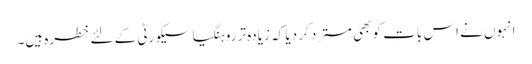
انہوں نے اس بات کو بھی مسترد کر دیا کہ زیادہ تر روہنگیا سیکورٹی کے لئے خطرہ ہیں۔